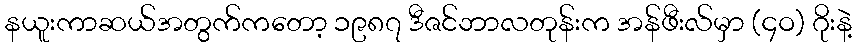
နယူးကာဆယ်အတွက်ကတော့ ၁၉၈၇ ဒီဇင်ဘာလတုန်းက အန်ဖီးလ်မှာ (၄ဝ) ဂိုးနဲ့